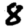
Digit: 8